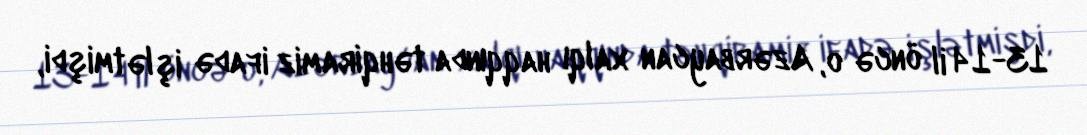
13-14 il öncə o, Azərbaycan xalqı haqqında təhqiramiz ifadə işlətmişdi,